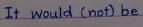
It would (not) be